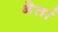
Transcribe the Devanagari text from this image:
नेतां